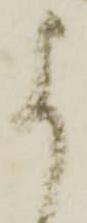
よ